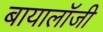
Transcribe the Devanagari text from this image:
बायालॉजी